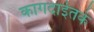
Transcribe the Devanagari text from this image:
कागदाईतके